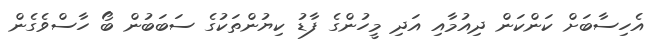
އެހިސާބަށް ކަންކަން ދިއުމާއި އަދި މީހުންގެ ފާޑު ކިޔުންތަކުގެ ސަބަބުން ބޯ ހާސްވެގެން